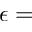
\epsilon =